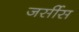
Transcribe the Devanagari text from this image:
जर्सीस